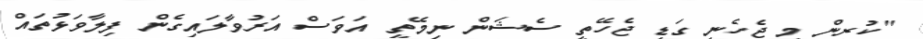
"ކުރިން މި ޖެހެނީ ގަޑި ޖެހޭތީ ސެޝަން ނިމޭތީ އަވަސް އަރުވާލައިގެން ފިލާވަޅުތައް